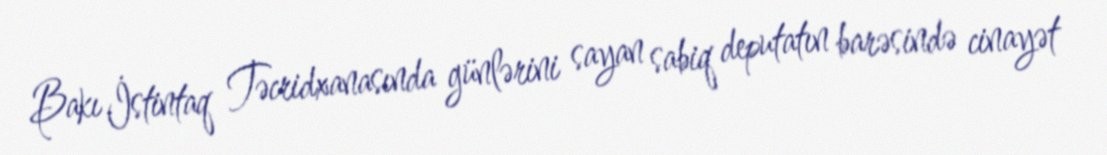
Bakı İstintaq Təcridxanasında günlərini sayan sabiq deputatın barəsində cinayət